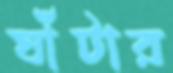
ঘাঁটার